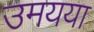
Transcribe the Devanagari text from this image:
उमयया